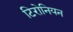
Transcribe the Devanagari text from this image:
टिरोनियन